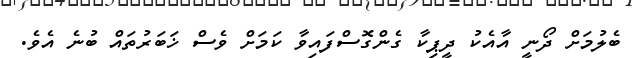
ބެލުމަށް ދޯނީ އާއެކު ދީޕިކާ ގެންގޮސްފައިވާ ކަމަށް ވެސް ޚަބަރުތައް ބުނެ އެވެ.